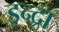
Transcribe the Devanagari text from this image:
इन्द्रा